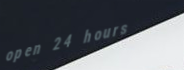
open 24 hours